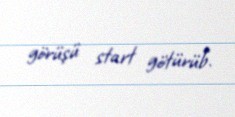
görüşü start götürüb.